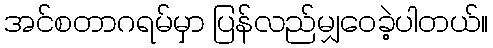
အင်စတာဂရမ်မှာ ပြန်လည်မျှဝေခဲ့ပါတယ်။